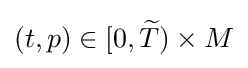
(t,p)\in [0,{\widetilde {T}})\times M